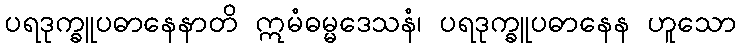
ပရဒုက္ခူပဓာနေနာတိ ဣမံဓမ္မဒေသနံ၊ ပရဒုက္ခူပဓာနေန ဟူသော